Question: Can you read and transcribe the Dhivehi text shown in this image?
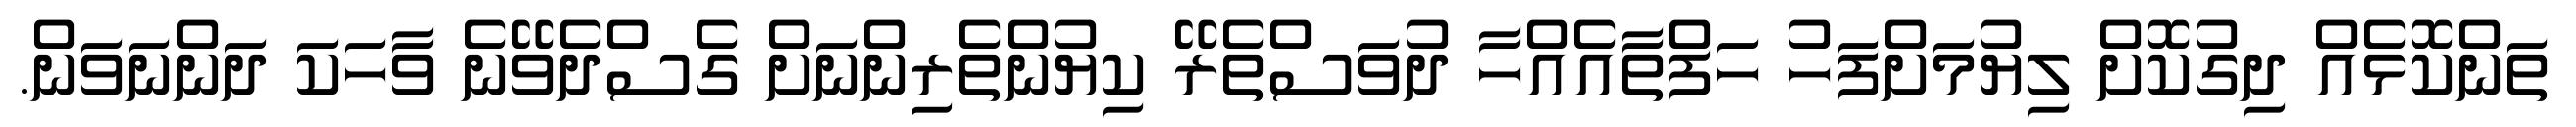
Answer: ތަންކޮޅެއް ދިގުކޮށް ލިޔުމަށްފަހު ހަފްތާއެއްހާ ދުވަސްތެރޭ ކިޔުންތެރިންނަށް ގެސްދެވޭނެ ވާހަކަ ދަންނަވަން.